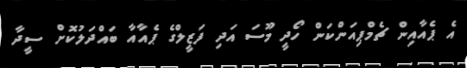
އެ ޕެއާއިން ޗެމްޕިއަންކަން ހޯދީ މޫސަ އަދި ފަޒީލްގެ ޕެއާއާ ބައްދަލުކޮށް ސީދާ